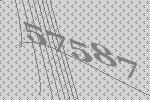
57587